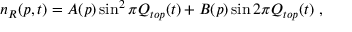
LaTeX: n _ { R } ( p , t ) = A ( p ) \sin ^ { 2 } \pi Q _ { t o p } ( t ) + B ( p ) \sin 2 \pi Q _ { t o p } ( t ) \ ,